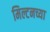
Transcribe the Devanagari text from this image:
मिल्टनच्या